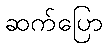
ဆက်ပြော